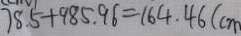
7 8 . 5 + 9 8 5 . 9 6 = 1 6 4 . 4 6 ( c m